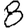
Digit: 8